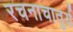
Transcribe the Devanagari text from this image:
रचनाचातुर्य